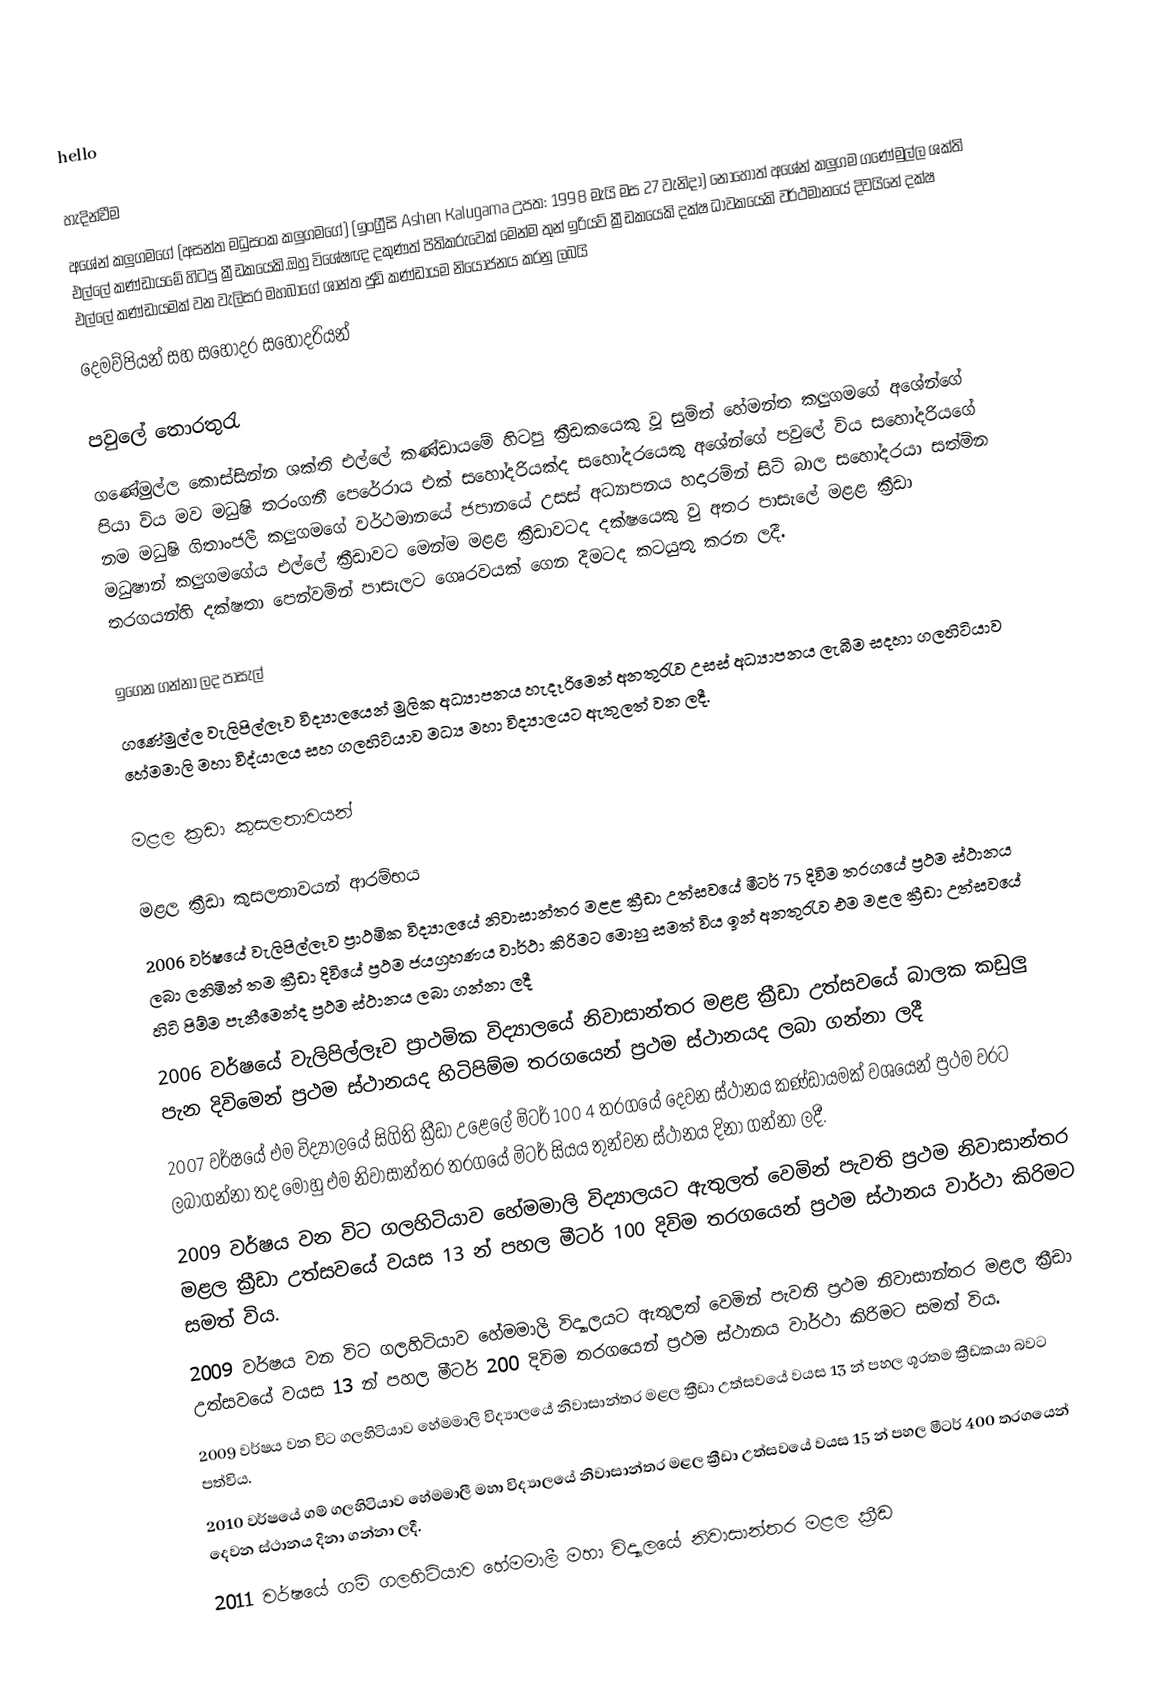
hello

හැදින්වීම
අශේන් කලුගමගේ (අසන්ත මධුසංක කලුගමගේ) (ඉංග්‍රීසි Ashen Kalugama උපත: 1998 මැයි මස 27 වැනිදා) නොහොත් අශේන් කලුගම  ගණේමුල්ල ශක්ති  එල්ලේ කණ්ඩායමේ හිටපු ක්‍රීඩකයෙකි.ඔහු විශේෂඥ දකුණත් පිතිකරුවෙක් මෙන්ම තුන් ඉරියව් ක්‍රීඩකයෙකි දක්ෂ ධාවකයෙකි වර්ථමානයේ දිවයිනේ දක්ෂ එල්ලේ කණ්ඩායමක් වන වැලිසර මහබාගේ ශාන්ත ජුඩ් කණ්ඩායම නියෝජනය කරනු ලබයි
  දෙමව්පියන් සහ සහොදර සහෝදරියන්

පවුලේ තොරතුරැ
 ගණේමුල්ල කොස්සින්න ශක්ති එල්ලේ කණ්ඩායමේ හිටපු ක්‍රීඩකයෙකු වූ සුමිත් හේමන්ත කලුගමගේ  අශේන්ගේ පියා විය මව මධුෂි තරංගනී පෙරේරාය එක් සහෝදරියක්ද සහෝදරයෙකු අශේන්ගේ පවුලේ විය සහෝදරියගේ නම මධුෂි ගිතාංජලී කලුගමගේ වර්ථමානයේ ජපානයේ උසස් අධ්‍යාපනය හදාරමින් සිටි බාල සහෝදරයා සත්මින මධුෂාන් කලුගමගේය එල්ලේ ක්‍රීඩාවට මෙන්ම මළළ ක්‍රීඩාවටද දක්ෂයෙකු වු අතර පාසැලේ මළළ ක්‍රීඩා තරගයන්හි දක්ෂතා පෙන්වමින් පාසැලට ගෙෘරවයක් ගෙන දීමටද කටයුතු කරන ලදී.

ඉගෙන ගන්නා ලද පාසැල්
ගණේමුල්ල වැලිපිල්ලෑව  විද්‍යාලයෙන් මුලික අධ්‍යාපනය හැදෑරිමෙන් අනතුරැව උසස් අධ්‍යාපනය ලැබීම සදහා ගලහිටියාව හේමමාලි මහා විද්යාලය සහ ගලහිටියාව මධ්‍ය මහා විද්‍යාලයට ඇතුලත් වන ලදී.

මළල ක්‍රඩා කුසලතාවයන්

මළල ක්‍රීඩා කුසලතාවයන් ආරම්භය
 2006 වර්ෂයේ  වැලිපිල්ලෑව  ප්‍රාථමික විද්‍යාලයේ නිවාසාන්තර මළළ ක්‍රීඩා උත්සවයේ මීටර් 75 දිවිම තරගයේ ප්‍රථම ස්ථානය ලබා ලනිමින් තම ක්‍රීඩා දිවියේ ප්‍රථම ජයග්‍රහණය වාර්ථා කිරිමට මොහු සමත් විය ඉන් අනතුරැව එම මළල ක්‍රීඩා උත්සවයේ හිටි පිම්ම පැනීමෙන්ද ප්‍රථම ස්ථානය ලබා ගන්නා ලදී
 2006 වර්ෂයේ  වැලිපිල්ලෑව  ප්‍රාථමික විද්‍යාලයේ නිවාසාන්තර මළළ ක්‍රීඩා උත්සවයේ බාලක කඩුලු පැන දිවිමෙන් ප්‍රථම ස්ථානයද හිටිපිම්ම තරගයෙන් ප්‍රථම ස්ථානයද ලබා ගන්නා ලදී
 2007 වර්ෂයේ එම විද්‍යාලයේ සිගිති ක්‍රීඩා උළෙලේ මිටර් 100  4 තරගයේ දෙවන ස්ථානය කණ්ඩායමක් වශයෙන් ප්‍රථම වරට ලබාගන්නා තද මොහු එම නිවාසාන්තර තරගයේ මිටර් සියය තුන්වන ස්ථානය දිනා ගන්නා ලදී.
 2009 වර්ෂය වන විට ගලහිටියාව හේමමාලි විද්‍යාලයට ඇතුලත් වෙමින් පැවති ප්‍රථම නිවාසාන්තර මළල ක්‍රීඩා උත්සවයේ වයස 13 න් පහල  මීටර් 100 දිවිම තරගයෙන් ප්‍රථම ස්ථානය වාර්ථා කිරිමට සමත් විය.
 2009 වර්ෂය වන විට ගලහිටියාව හේමමාලි විද්‍යාලයට ඇතුලත් වෙමින් පැවති ප්‍රථම නිවාසාන්තර මළල ක්‍රීඩා උත්සවයේ වයස 13 න් පහල  මීටර් 200 දිවිම තරගයෙන් ප්‍රථම ස්ථානය වාර්ථා කිරිමට සමත් විය.
 2009 වර්ෂය වන විට ගලහිටියාව හේමමාලි විද්‍යාලයේ නිවාසාන්තර මළල  ක්‍රීඩා උත්සවයේ වයස 13 න් පහල ශූරතම  ක්‍රීඩකයා බවට පත්විය.
 2010 වර්ෂයේ ගම් ගලහිටියාව හේමමාලී මහා විද්‍යාලයේ නිවාසාන්තර මළල ක්‍රීඩා උත්සවයේ වයස 15 න් පහල මීටර් 400 තරගයෙන් දෙවන ස්ථානය දිනා ගන්නා ලදී.
 2011 වර්ෂයේ ගම් ගලහිටියාව හේමමාලී මහා විද්‍යාලයේ නිවාසාන්තර මළල ක්‍රීඩ